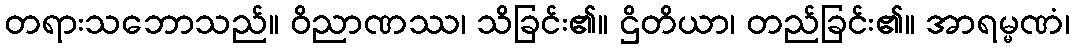
တရားသဘောသည်။ ဝိညာဏဿ၊ သိခြင်း၏။ ဌိတိယာ၊ တည်ခြင်း၏။ အာရမ္မဏံ၊